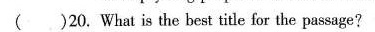
()20.What is the best title for the passage?